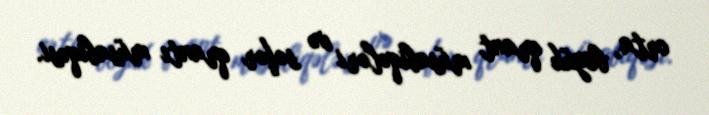
orta, böyük qrant müsabiqələri və səfər qrantı müsabiqəsi.